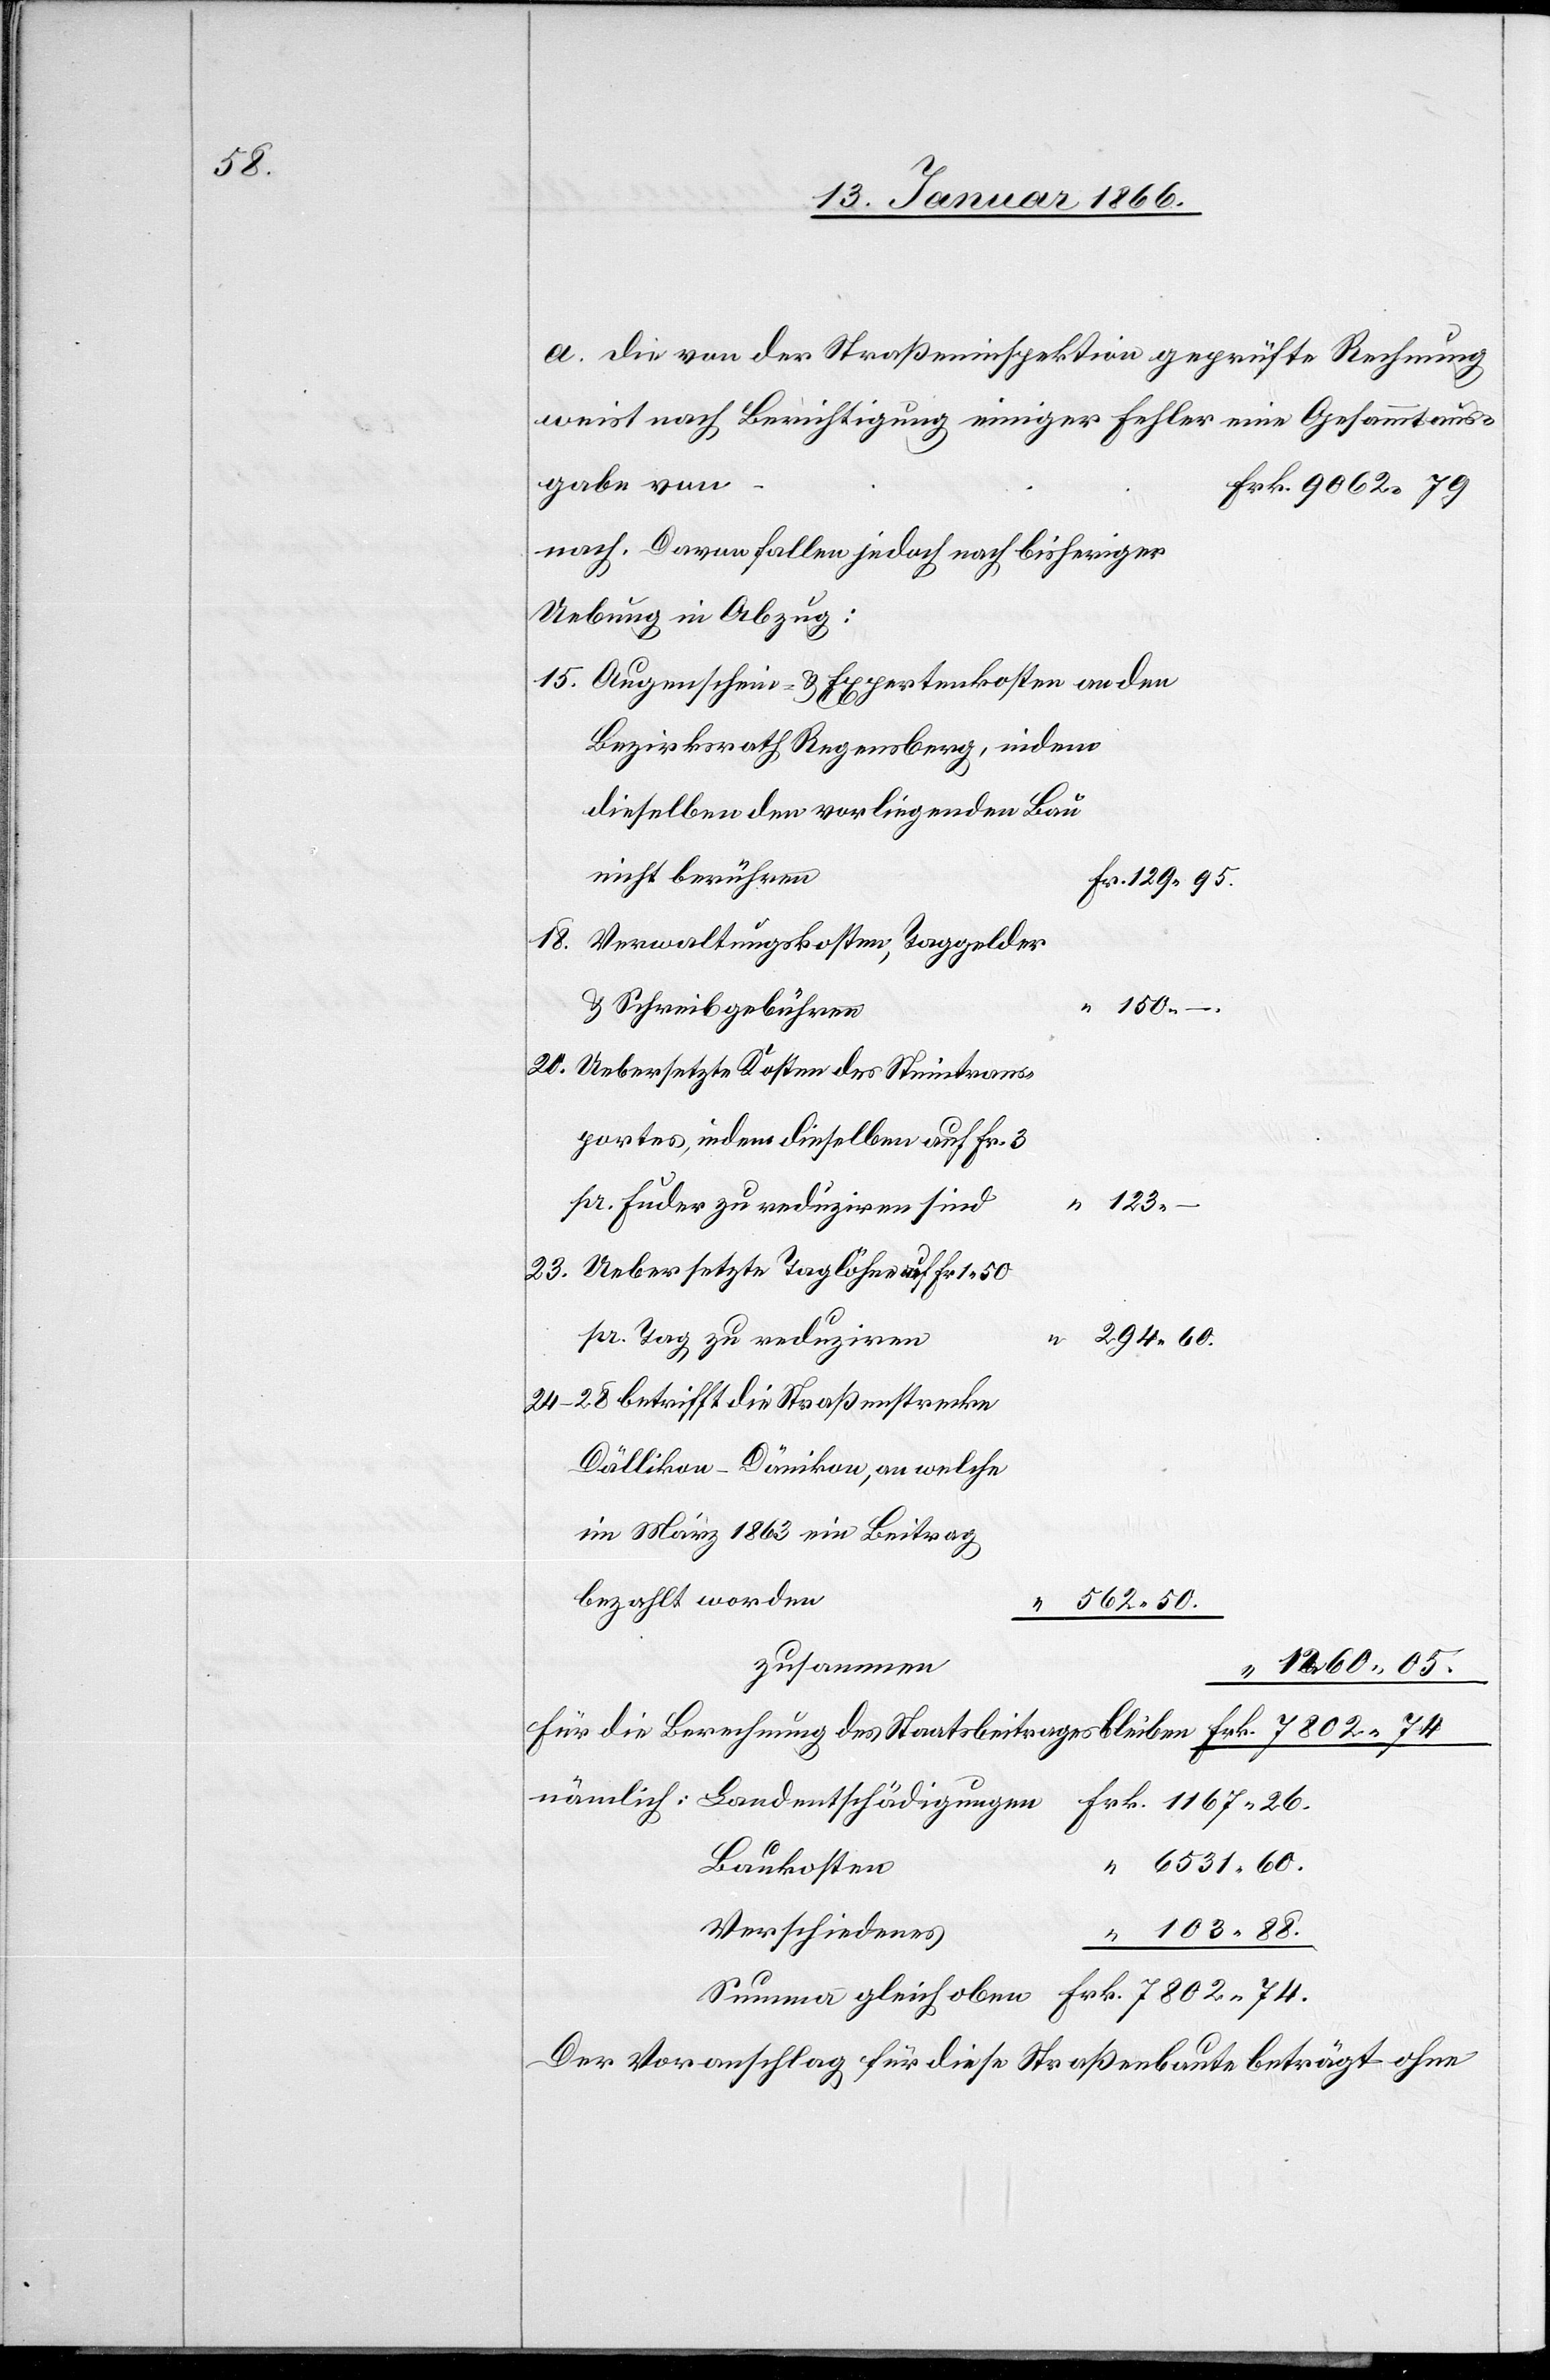
a. die von der Straßeninspektion geprüfte Rechnung
weist nach Berichtigung einiger Fehler eine Gesammtaus¬
gabe von
nach Daran fallen jedoch nach bisheriger
Uebung in Abzug:
15. Augenschein- u. Expertenkosten an den
Bezirksrath Regensberg, indem
dieselben vorliegenden Bau
18. Verwaltungskosten; Taggelder
20. Uebersetzte Kosten des Steintrans-
portes, indem dieselben auf Fr. 3
pr. Fuder zur reduziren
“
23. Uebersetzte Taglöhne auf Fr. 1,50
“ 294,60.
24-28 betrifft die Straßenstrecke
Dällikon-Dänikon, an welche
im März 1863 ein Beitrag
562,50.
“ 1260,05.
für die Berechnung des Staatsbeitrages bleiben					Frk. 7802,74....
nämlich:	Landentschädigungen	Frk. 1167,26.
“ 6531,60.
Baukosten
Verschiedenes
“ 103,88.
Summe gleich oben	Frk. 7802,74.
Der Voranschlag für diese Straßenbaute beträgt ohne